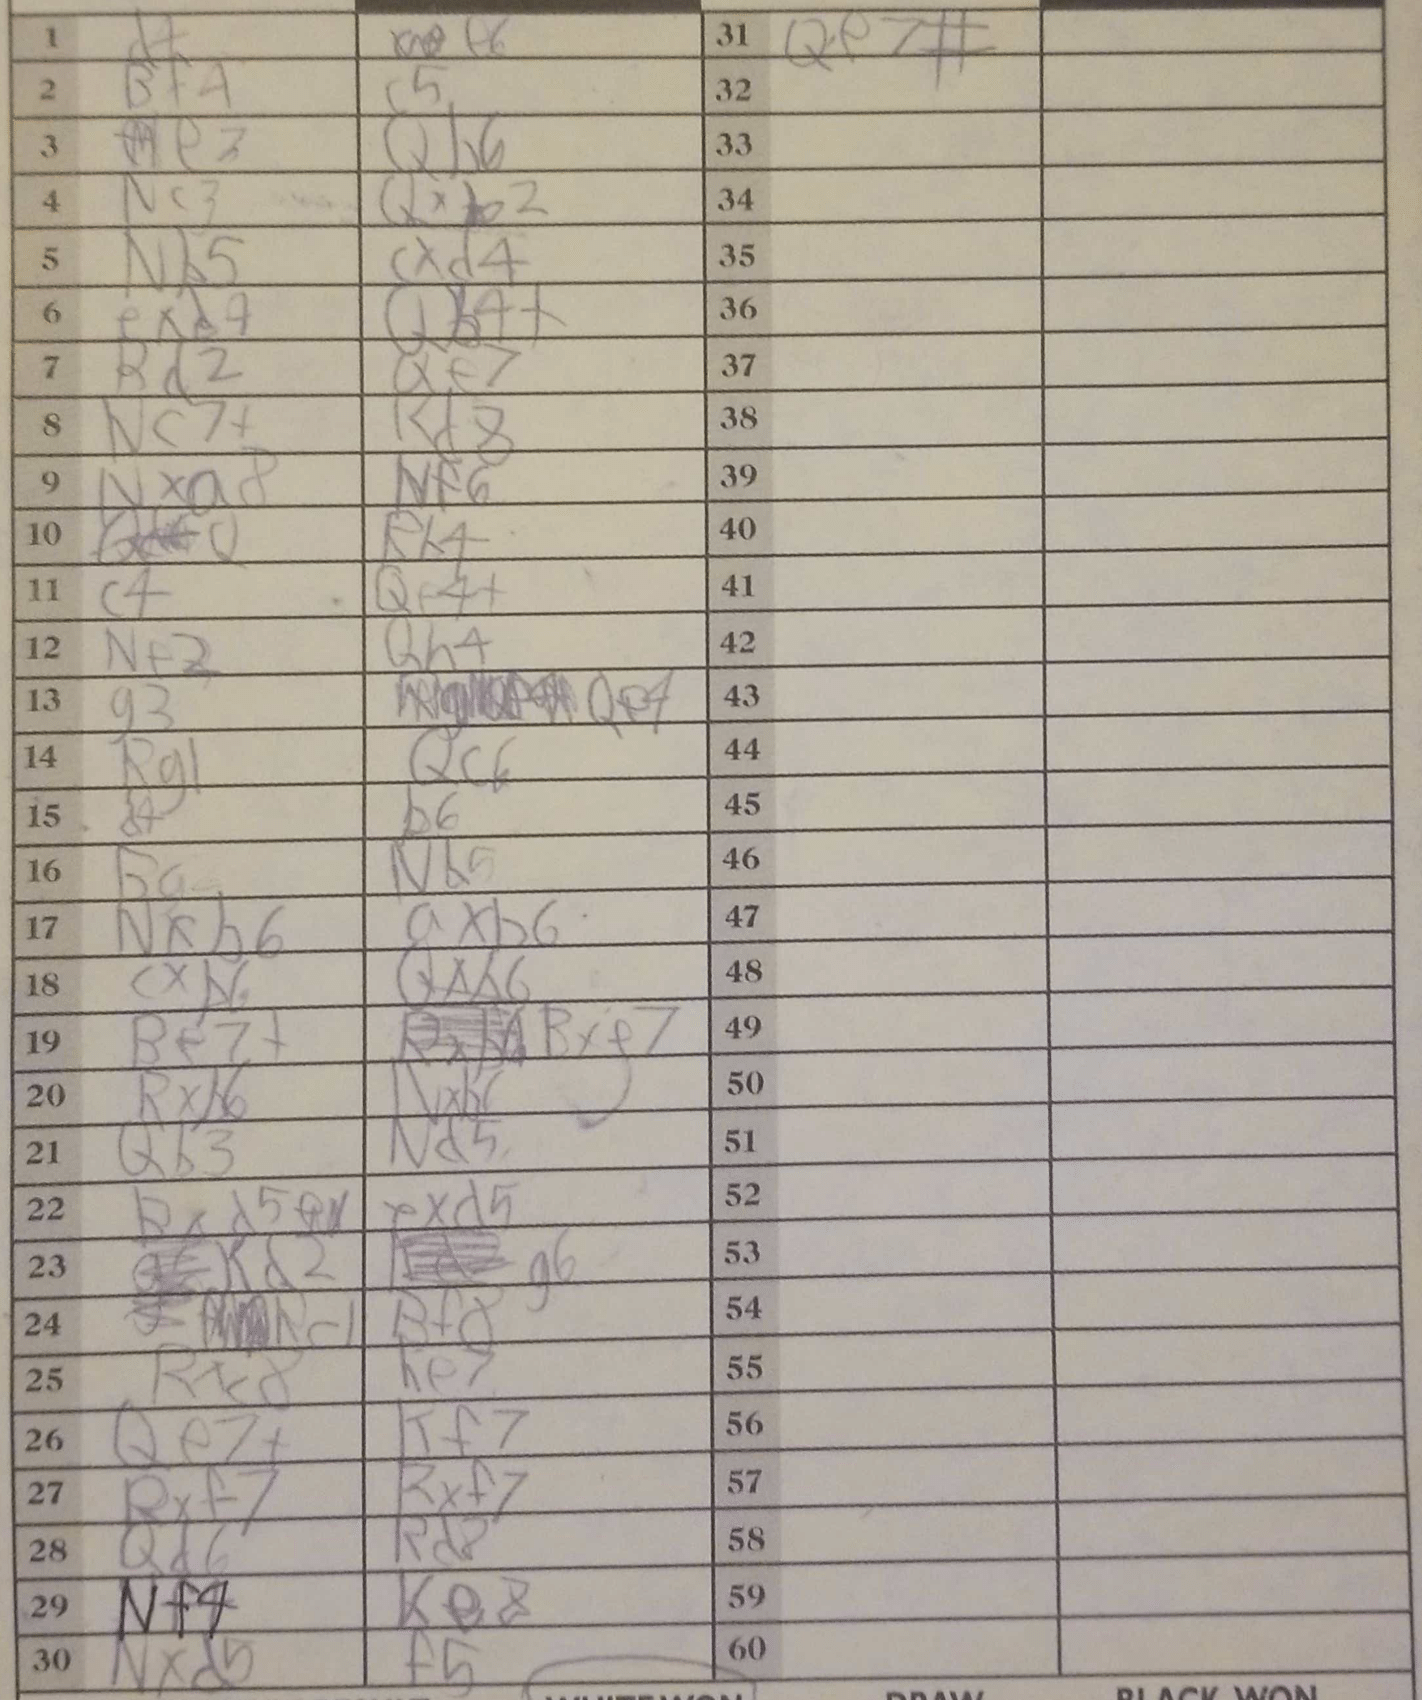
Moves: d4 e6 Bf4 c5 e3 Qh6 Nc3 Qxb2 Nb5 cxd4 exd4 Qb4+ Rd2 Qe7 Nc7+ Rd8 Nxa8 Nf6 Rh4 c4 Qf4+ Nf2 Qh4 g3 Qe4 Rg1 Qc6 d4 b6 Ba2 Nb5 Nxb6 axb6 cxb6 Qxb6 Be7+ Bxe7 Rxb6 Nxb6 Qb3 Nd5 Bxd5 exd5 Kd2 g6 Rc1 Bf8 Rxc8 Ke7 Qe7+ Kf7 Rxf7 Rxf7 Qd6 Rd8 Nf4 Ke8 Nxd5 f5 Qe7#